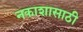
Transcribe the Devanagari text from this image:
नकाशासाठी